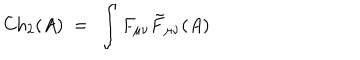
\mathrm { C h } _ { 2 } ( A ) \ = \ \int F _ { \mu \nu } { \tilde { F } } _ { \mu \nu } ( A )